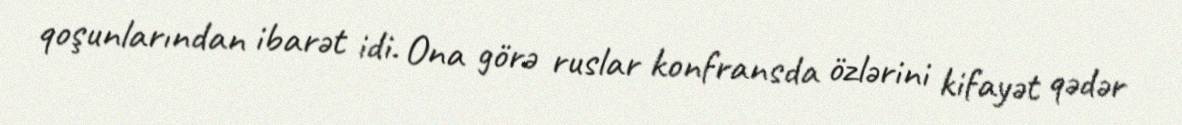
qoşunlarından ibarət idi. Ona görə ruslar konfransda özlərini kifayət qədər